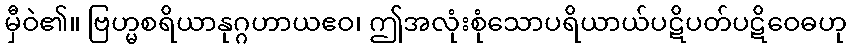
မှီဝဲ၏။ ဗြဟ္မစရိယာနုဂ္ဂဟာယဧဝ၊ ဤအလုံးစုံသောပရိယာယ်ပဋိပတ်ပဋိဝေဓဟု